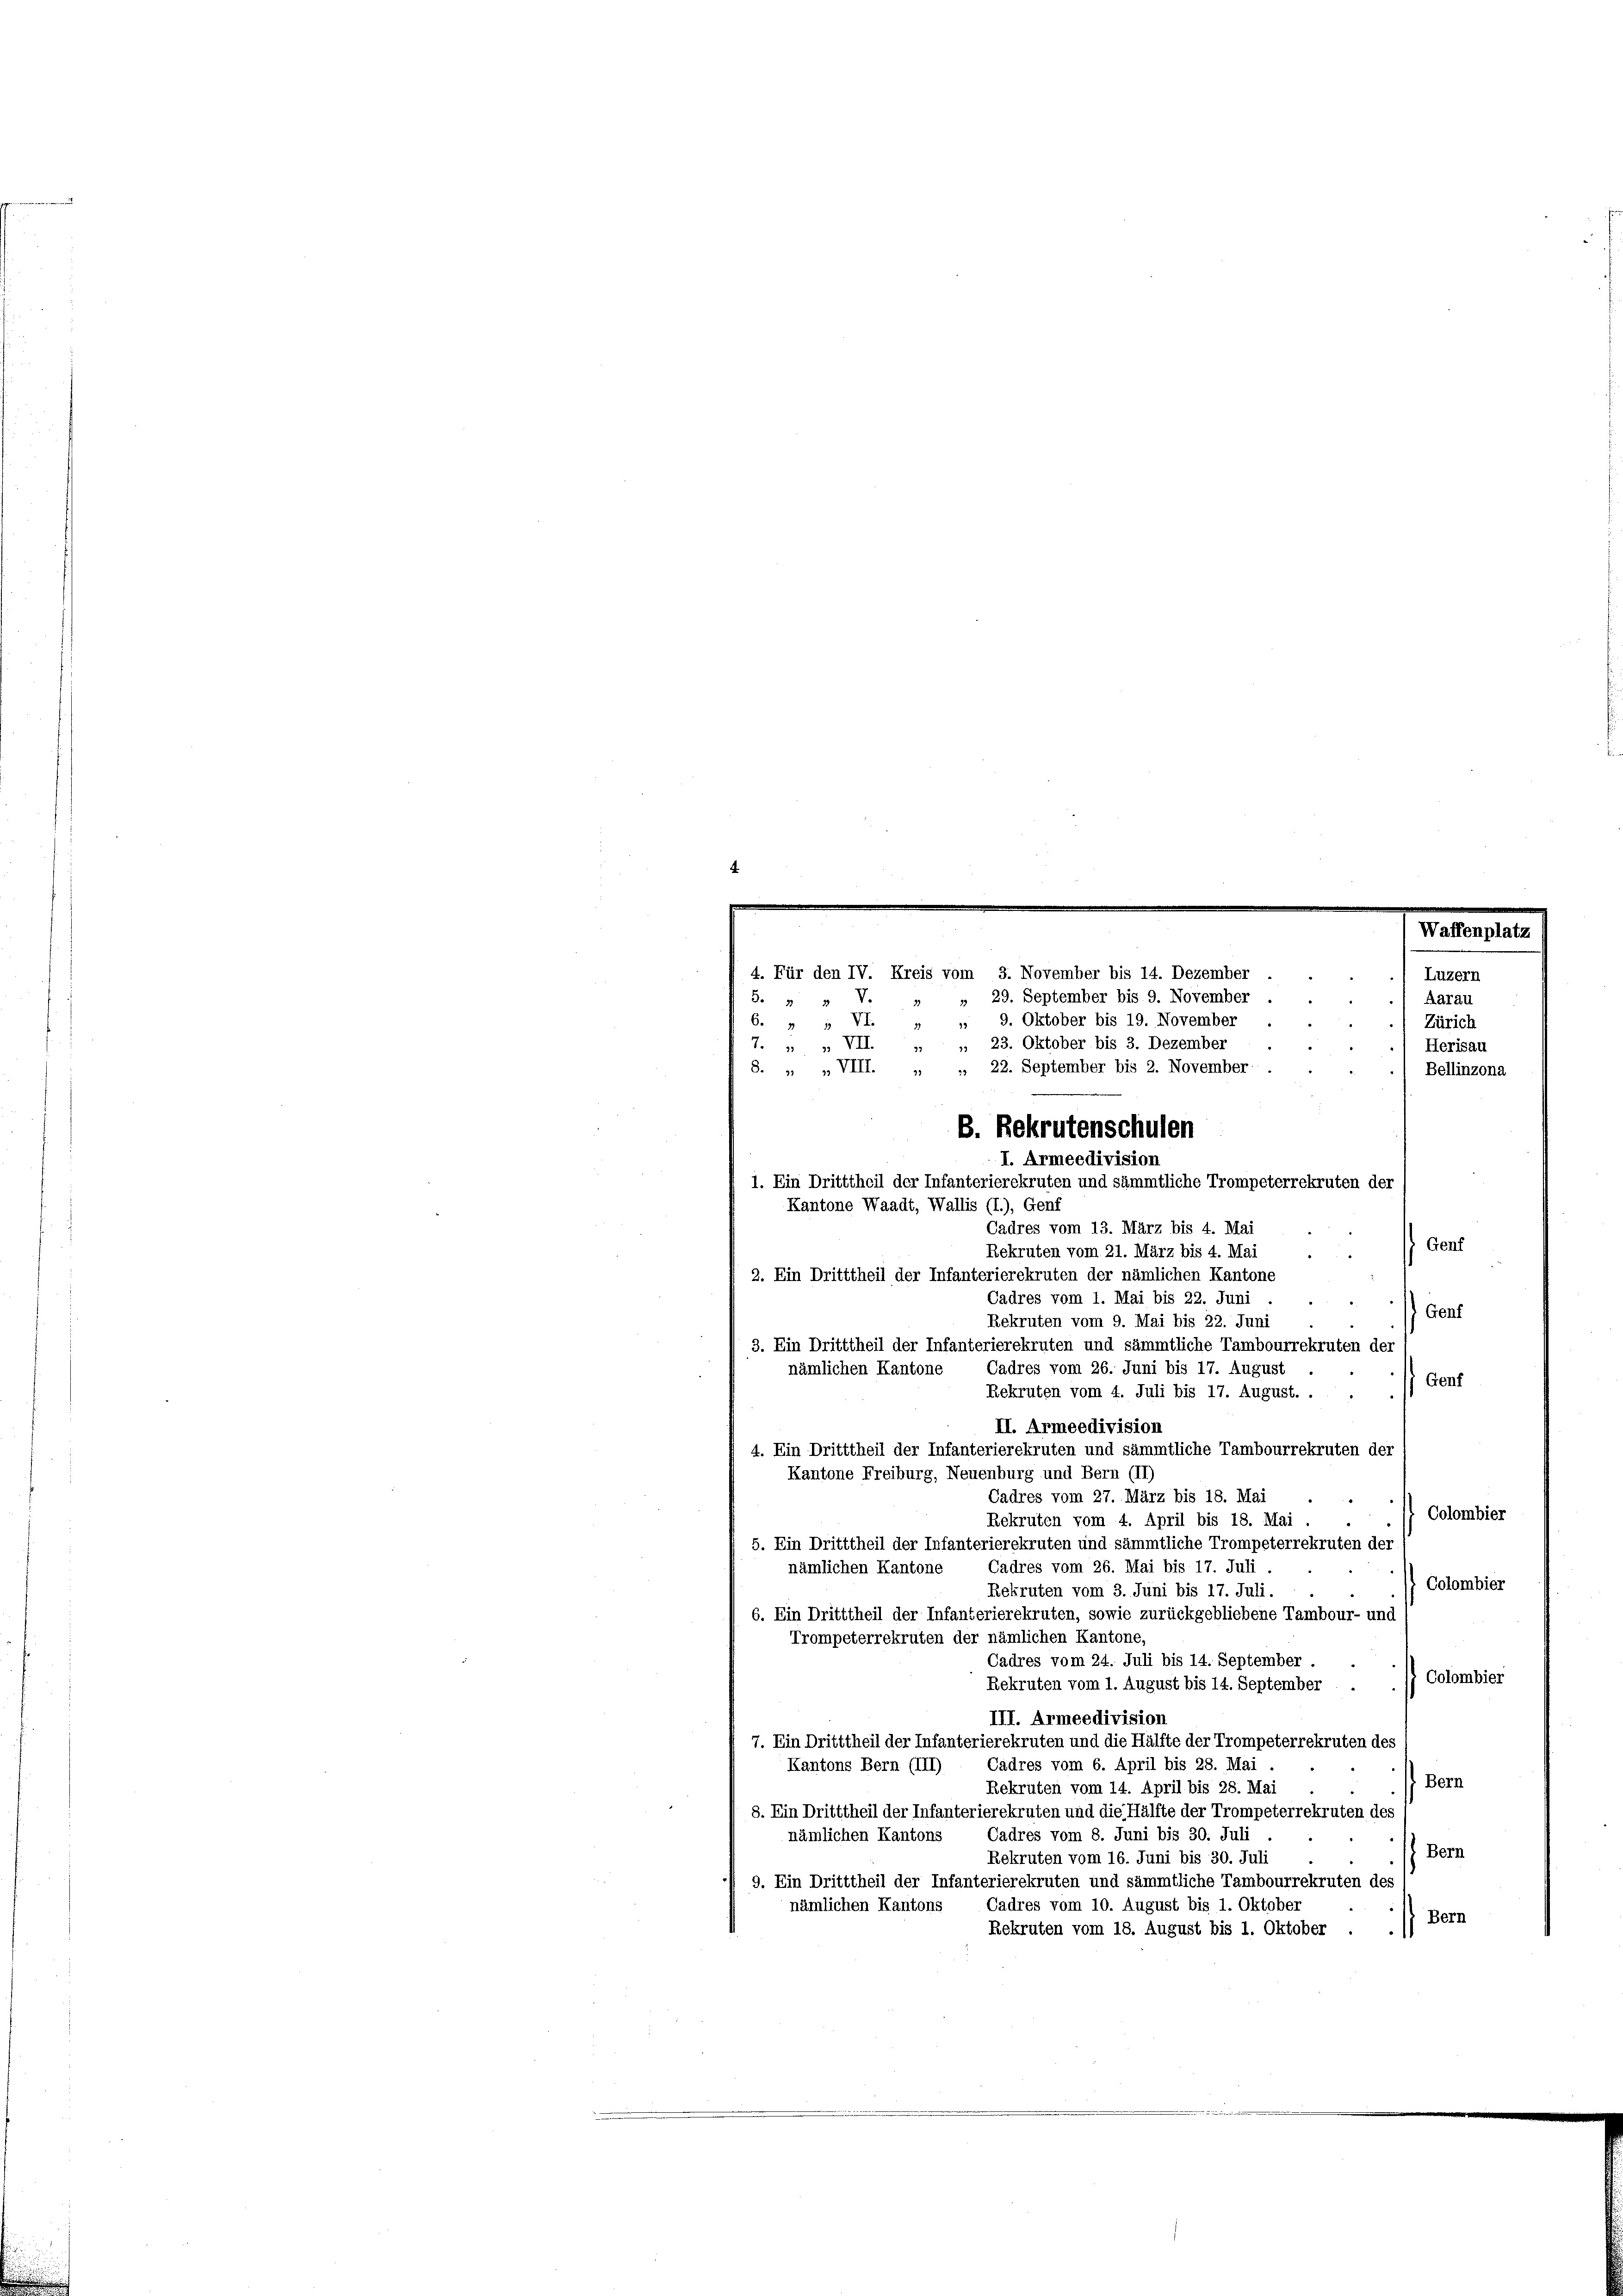
B. Rekrutenschulen

4. Für den IV. Kreis vom 3. November bis 14. Dezember
» 29. September bis 9. November
S. 9 1
6. " " VI. „ „ 9. Oktober bis 19. November
7. " " VII. „ „ 23. Oktober bis 3. Dezember
S. „ „ VIII. „ „ 22. September bis 2. November
Bellinzona
I. Armeedivision
1. Ein Dritttheil der Infanterierekruten und sämmtliche Trompeterrekruten der
Kantone Waadt, Wallis (I.), Genf
Cadres vom 13. März bis 4. Mai
Genf
Rekruten vom 21. März bis 4. Mai
2. Ein Dritttheil der Infanterierekruten der nämlichen Kantone
Cadres vom 1. Mai bis 22. Juni
Genf
Rekruten vom 9. Mai bis 22. Juni
3. Ein Dritttheil der Infanterierekruten und sämmtliche Tambourrekruten der
Cadres vom 26. Juni bis 17. August
nämlichen Kantone
Genf
Rekruten vom 4. Juli bis 17. August. .
II. Armeedivision
4. Ein Dritttheil der Infanterierekruten und sämmtliche Tambourrekruten der
Kantone Freiburg, Neuenburg und Bern (II)
Cadres vom 27. März bis 18. Mai
Colombier
Rekruten vom 4. April bis 18. Mai
5. Ein Dritttheil der Infanterierekruten und sämmtliche Trompeterrekruten der
Cadres vom 26. Mai bis 17. Juli.
nämlichen Kantone
Colombier
Rekruten vom 3. Juni bis 17. Juli.
6. Ein Dritttheil der Infanterierekruten, sowie zurückgebliebene Tambour- und
Trompeterrekruten der nämlichen Kantone,
Cadres vom 24. Juli bis 14. September.
) Colombier
Rekruten vom 1. August bis 14. September
III. Armeedivision
7. Ein Dritttheil der Infanterierekruten und die Hälfte der Trompeterrekruten des
Cadres vom 6. April bis 28. Mai
Kantons Bern (III)
Bern
Rekruten vom 14. April bis 28. Mai
8. Ein Dritttheil der Infanterierekruten und die Hälfte der Trompeterrekruten des
Cadres vom 8. Juni bis 30. Juli
nämlichen Kantons
Bern
Rekruten vom 16. Juni bis 30. Juli
9. Ein Dritttheil der Infanterierekruten und sämmtliche Tambourrekruten des
Cadres vom 10. August bis 1. Oktober
nämlichen Kantons
) Bern
Rekruten vom 18. August bis 1. Oktober

Luzern
Aarau
Zürich
Herisau

nplatz